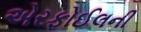
એરફોઈલની